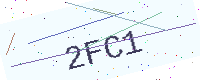
Text: 2FC1